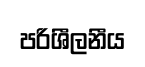
පරිශීලනීය